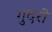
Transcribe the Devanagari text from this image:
गुदरी